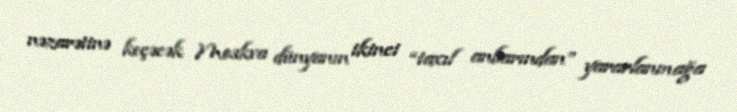
nəzarətinə keçəcək Moskva dünyanın ikinci “taxıl anbarından” yararlanmağa